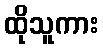
ထိုသူကား